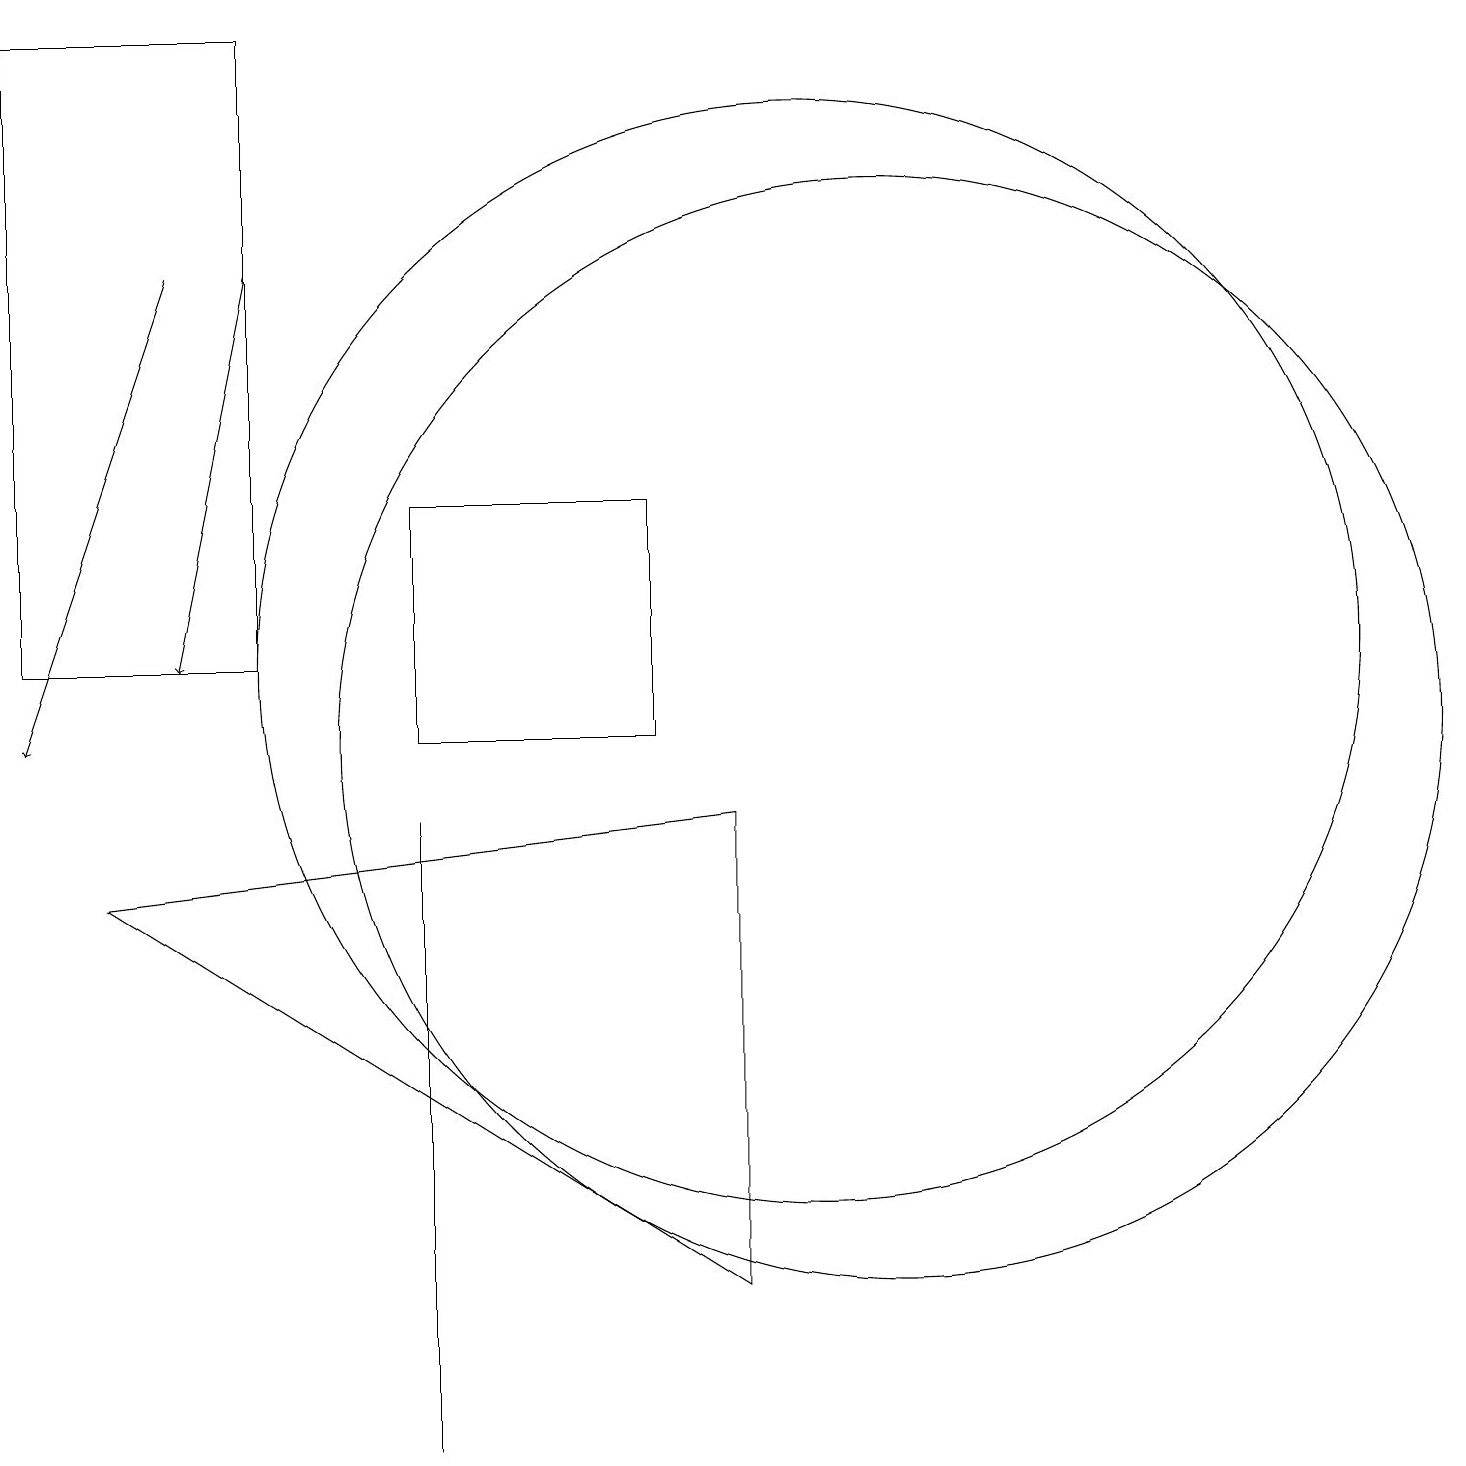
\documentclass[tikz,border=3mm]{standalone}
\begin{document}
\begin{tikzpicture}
\draw[->] (2,16) -- (0,10);
\draw (9,9) -- (1,8) -- (9,3) -- cycle;
\draw (0,19) rectangle (3,11);
\draw (11,10) circle (7);
\draw[->] (3,16) -- (2,11);
\draw (10,11) circle (7);
\draw (5,1) -- (5,9) -- (5,2) -- cycle;
\draw (8,13) rectangle (5,10);
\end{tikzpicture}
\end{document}